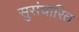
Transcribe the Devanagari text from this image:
सुसंचारित